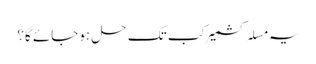
یہ مسلہ کشمیر کب تک حل ہوجائے گا؟